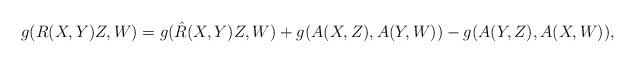
LaTeX: \begin{align*}g(R(X,Y)Z,W)=g(\hat{R}(X,Y)Z,W)+g(A(X,Z),A(Y,W))-g(A(Y,Z),A(X,W)),\end{align*}